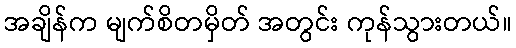
အချိန်က မျက်စိတမှိတ် အတွင်း ကုန်သွားတယ်။